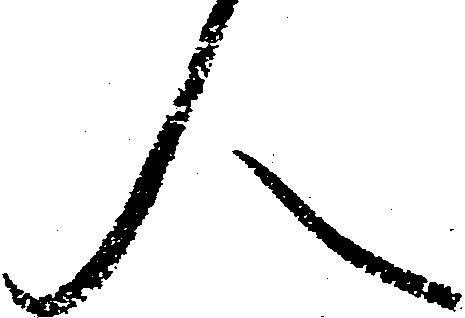
人